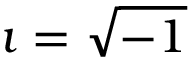
\imath = \sqrt { - 1 }